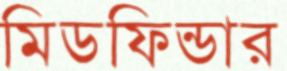
মিডফিন্ডার